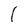
Character: 1